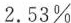
2.53\%